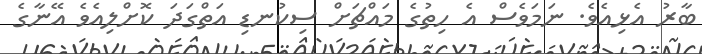
ބާރު އެޅިއެވެ. ނަމަވެސް އެ ހިތުގެ މައްޗަށް ސިކުނޑި އަތްގަދަ ކޮށްލިއެވެ އޭނާގެ